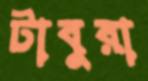
টাবুরা